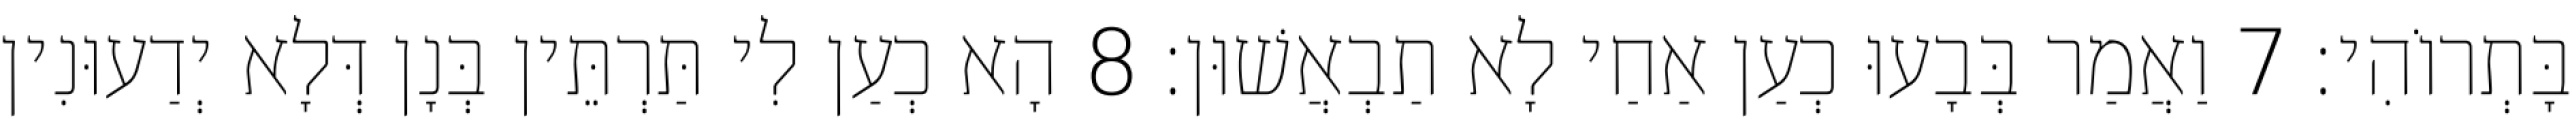
בָּתְרוֹהִי׃ 7 וַאֲמַר בְּבָעוּ כְעַן אַחַי לָא תַבְאֲשׁוּן׃ 8 הָא כְעַן לִי תַּרְתֵּין בְּנָן דְּלָא יְדַעוּנִין